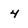
Character: 4